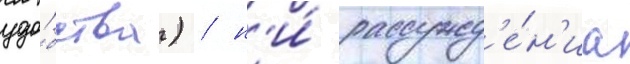
удо́бства) / н'и́ рассужд'е́н'иа